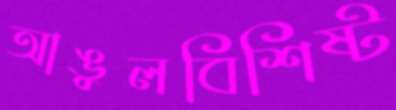
আঙুলবিশিষ্ট